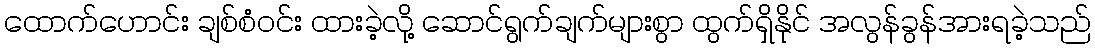
ထောက်ဟောင်း ချစ်စံဝင်း ထားခဲ့လို့ ဆောင်ရွက်ချက်များစွာ ထွက်ရှိနိုင် အလွန်ခွန်အားရခဲ့သည်